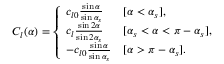
\begin{array} { r } { C _ { l } ( \alpha ) = \left\{ \begin{array} { l l } { c _ { l 0 } \frac { \sin \alpha } { \sin \alpha _ { s } } } & { [ \alpha < \alpha _ { s } ] , } \\ { c _ { l } \frac { \sin 2 \alpha } { \sin 2 \alpha _ { s } } } & { [ \alpha _ { s } < \alpha < \pi - \alpha _ { s } ] , } \\ { - c _ { l 0 } \frac { \sin \alpha } { \sin \alpha _ { s } } } & { [ \alpha > \pi - \alpha _ { s } ] . } \end{array} \right. } \end{array}